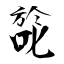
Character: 旕